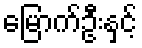
မြောက်ဦးနှင့်